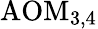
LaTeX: \mathrm{{AOM}_{3,4}}